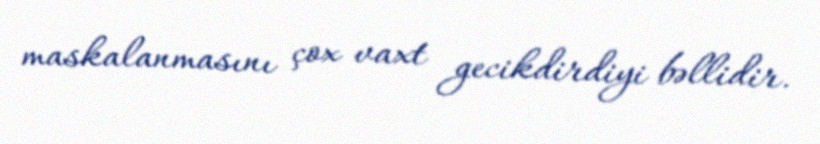
maskalanmasını çox vaxt gecikdirdiyi bəllidir.